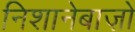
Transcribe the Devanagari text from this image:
निशानेबाज़ो